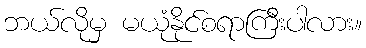
ဘယ်လိုမှ မယုံနိုင်စရာကြီးပါလား။